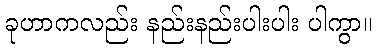
ခုဟာကလည်း နည်းနည်းပါးပါး ပါကွာ။